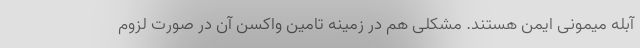
آبله میمونی ایمن هستند. مشکلی هم در زمینه تامین واکسن آن در صورت لزوم